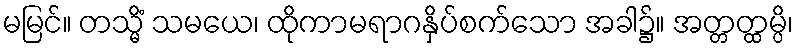
မမြင်။ တသ္မိံ သမယေ၊ ထိုကာမရာဂနှိပ်စက်သော အခါ၌။ အတ္တတ္ထမ္ပိ၊